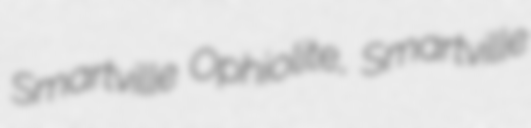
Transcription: Smartville Ophiolite, Smartville